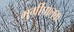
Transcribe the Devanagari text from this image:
मुर्गीपालक